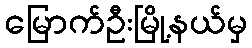
မြောက်ဦးမြို့နယ်မှ